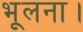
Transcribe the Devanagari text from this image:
भूलना।